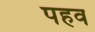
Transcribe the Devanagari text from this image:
पहव